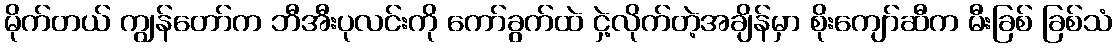
မိုက်တယ် ကျွန်တော်က ဘီအီးပုလင်းကို ကော်ခွက်ထဲ ငှဲ့လိုက်တဲ့အချိန်မှာ စိုးကျော်ဆီက မီးခြစ် ခြစ်သံ